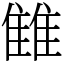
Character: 雔